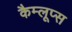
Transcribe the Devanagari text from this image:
कैम्लूप्स